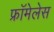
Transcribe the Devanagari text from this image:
फ्रॉमेलेस